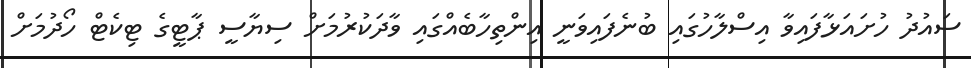
ސައުދު ހުށައަޅާފައިވާ އިސްލާހުގައި ބުނެފައިވަނީ އިންތިހާބެއްގައި ވާދަކުރުމަށް ސިޔާސީ ޕާޓީގެ ޓިކެޓް ހޯދުމަށް